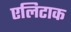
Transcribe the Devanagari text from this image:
एलिटाक